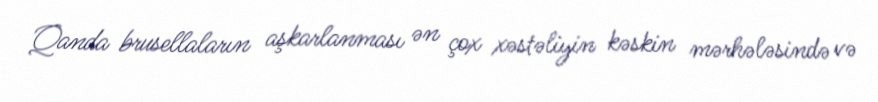
Qanda brusellaların aşkarlanması ən çox xəstəliyin kəskin mərhələsində və